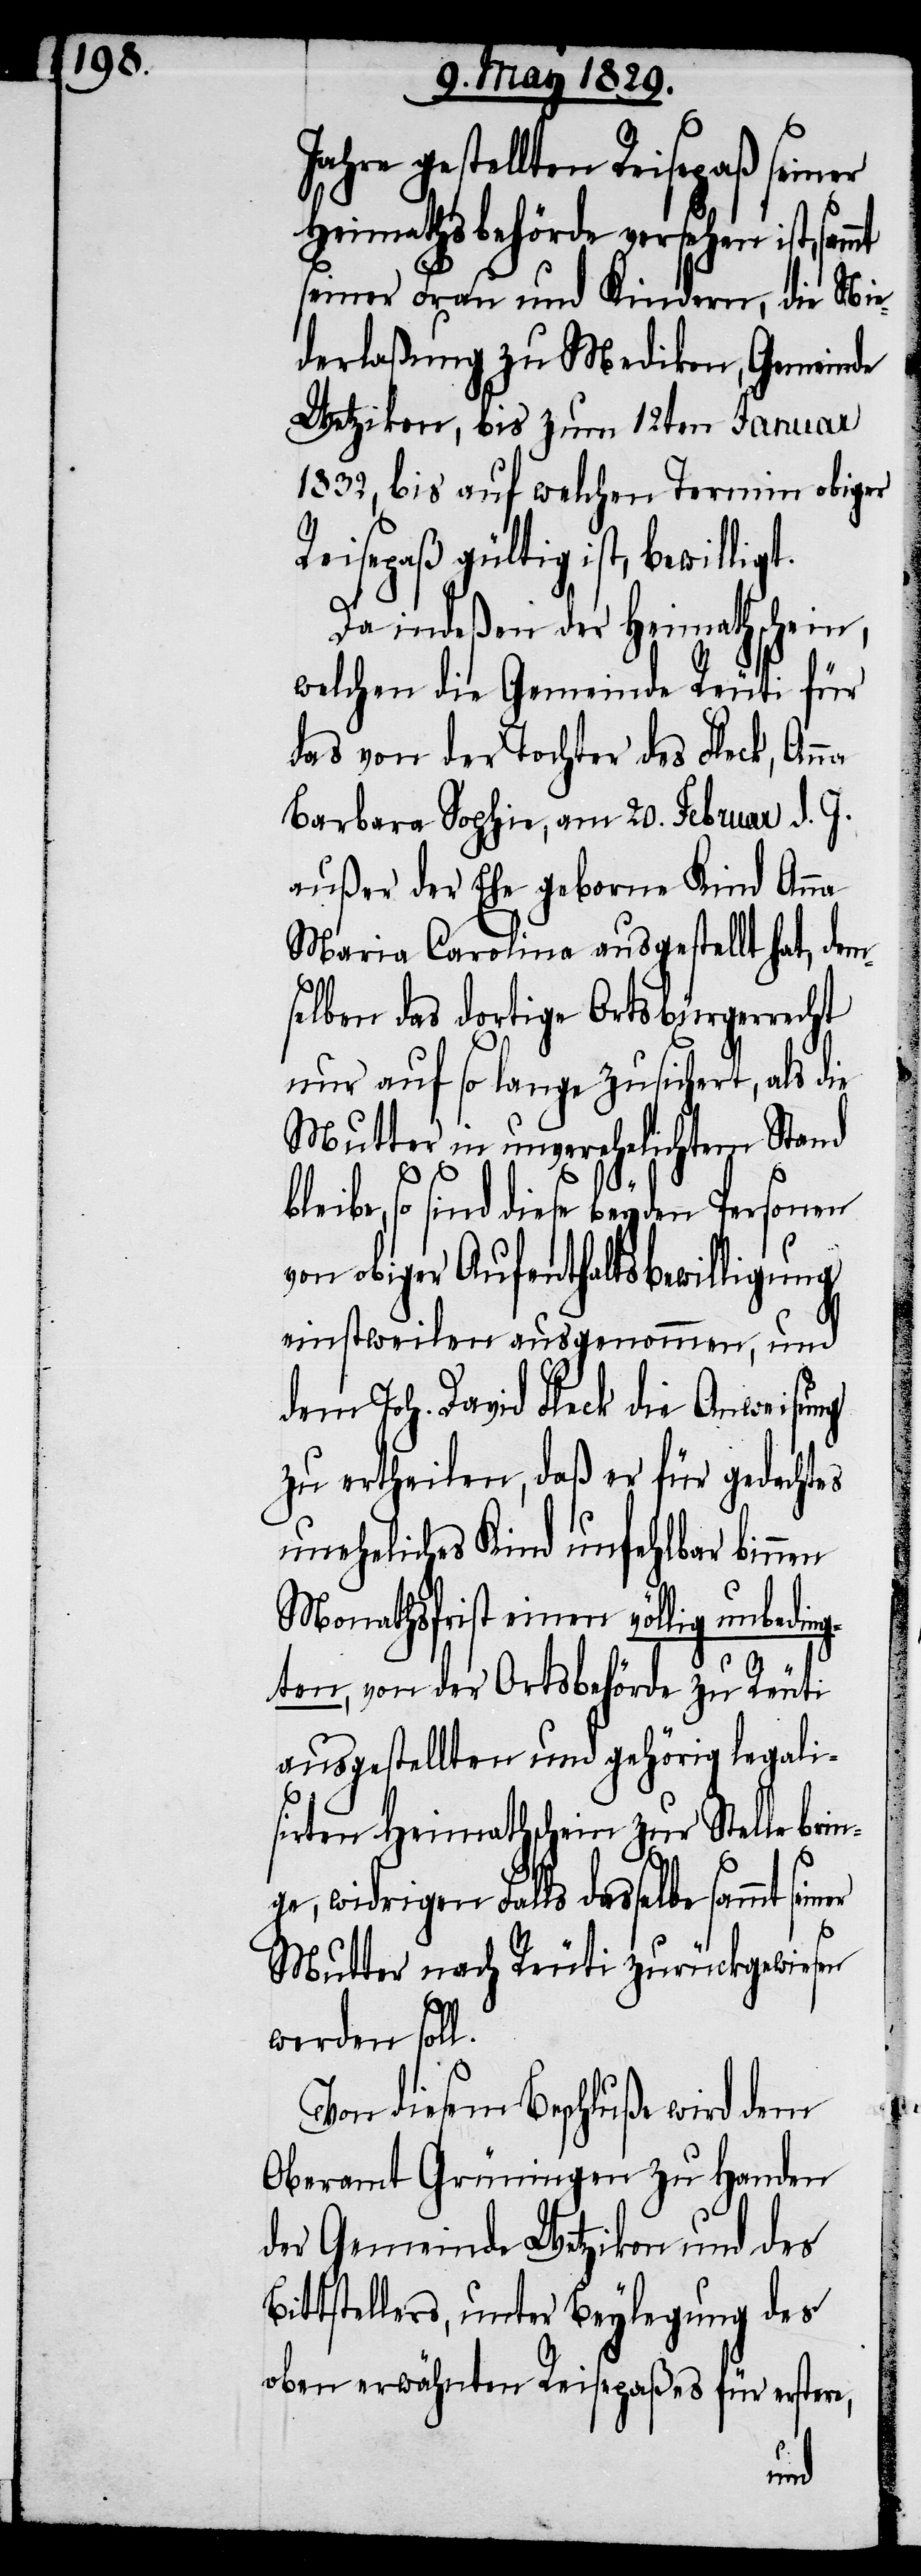
Jahre gestellten Reisepaß seiner
Heimathsbehörde versehen ist,
seiner Frau und Kindern, die Nie¬
derlaßung zu Medikon, Gemeinde
Wetzikon, bis zum 12ten Januar
1832, bis auf welchen Termin obiger
gültig ist, bewilligt.
Da indeßen der Heimathschein,
welchen die Gemeinde Reuti für
das von der Tochter des Fleck, Anna
Barbara Sophie, am 20. Februar d. J.
außer der Ehe geborne Kind Anna
Maria Carolina ausgestellt hat, dem¬
selben das dortige Ortsbürgerrecht
nur auf so lange zusichert, als die
Mutter in unverehelichtem Stand
blei¬
be, so sind diese beyden Personen
von obiger Aufenthaltsbewilligung
einstweilen ausgenommen, und
dem Joh. David Fleck die Anweisung
zu ertheilen, daß er für gedachtes
uneheliches Kind unfehlbar binnen
Monathsfrist einen völlig unbedin¬
gten, von der Ortsbehörde zu Reuti
ausgestellten und gehörig legali¬
sirten Heimathsschein zur Stelle brin¬
ge, widrigen Falls dasselbe sammt sei¬
Mutter nach Reuti zurückgewiesen
werden soll.
Von diesem Beschluß wird dem
Oberamt Grüningen zu Handen
der Gemeinde Wetzikon und des
Bittstellers, unter Beylegung des
oben erwähnten Reisepaßes für erstere,
ner